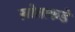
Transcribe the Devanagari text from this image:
स्रोताकडे